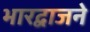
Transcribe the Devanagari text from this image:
भारद्वाजने